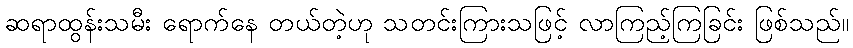
ဆရာထွန်းသမီး ရောက်နေ တယ်တဲ့ဟု သတင်းကြားသဖြင့် လာကြည့်ကြခြင်း ဖြစ်သည်။